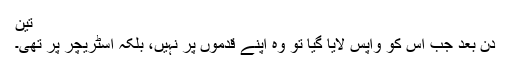
تین
دن بعد جب اس کو واپس لایا گیا تو وہ اپنے قدموں پر نہیں، بلکہ اسٹریچر پر تھی۔